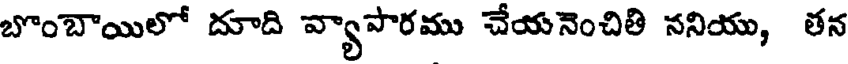
బొంబాయిలో దూది వ్యాపారము చేయనెంచితి ననియు, తన